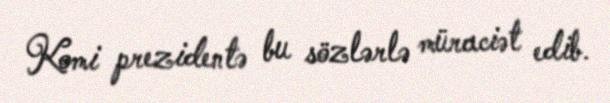
Komi prezidentə bu sözlərlə müraciət edib.